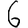
Digit: 6